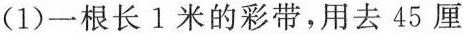
(1)一根长1米的彩带，用去45厘